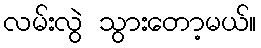
လမ်းလွဲ သွားတော့မယ်။